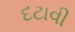
દટાવી